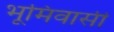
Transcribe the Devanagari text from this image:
भूमिवासी